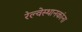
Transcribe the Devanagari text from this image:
रेल्वेस्थानकांना